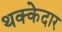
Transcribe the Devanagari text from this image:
थक्केदार